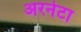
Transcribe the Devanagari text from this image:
अरनेटा